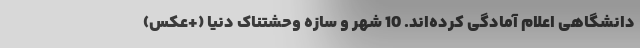
دانشگاهی اعلام آمادگی کرده‌اند. 10 شهر و سازه وحشتناک دنیا (+عکس)